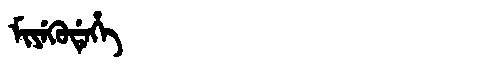
Manchu: ᠮᡳᠶᡝᡴᡠᡩᡝᡥᡝ
Romanization: MIYEKUDEHE